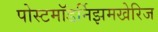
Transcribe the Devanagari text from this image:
पोस्टमॉडर्निझमखेरिज